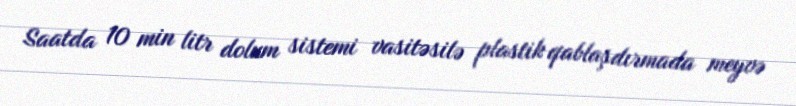
Saatda 10 min litr dolum sistemi vasitəsilə plastik qablaşdırmada meyvə